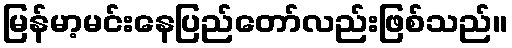
မြန်မာ့မင်းနေပြည်တော်လည်းဖြစ်သည်။